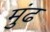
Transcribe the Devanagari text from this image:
मुंढ